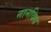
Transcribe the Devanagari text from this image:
नानविध